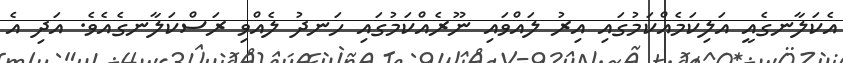
އެކަލާނގެއީ އަލިކަމެއްކަމުގައި އިރު ލައްވައި ނޫރެއްކަމުގައި ހަނދު ލެއްވި ރަސްކަލާނގެއެވެ. އަދި އެ